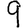
Digit: 9